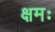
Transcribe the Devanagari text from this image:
क्षमः